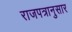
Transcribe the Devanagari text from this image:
राजपत्रानुसार